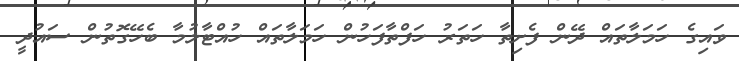
ވައިގެ ހަމަލާތައް ދޭން ފެށިތާ ހަތަރު ހަފްތާފަހުން ހަމަލާތައް ހުއްޓާލުމާ ބެހޭގޮތުން ސައުދީ